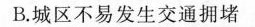
B.城区不易发生交通拥堵